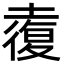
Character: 𡑉